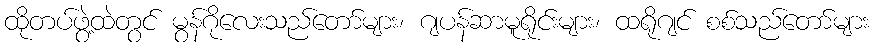
ထိုတပ်ဖွဲ့ထဲတွင် မွန်ဂိုလေးသည်တော်များ၊ ဂျပန်ဆာမူရိုင်းများ၊ ထရိုဂျင် စစ်သည်တော်များ